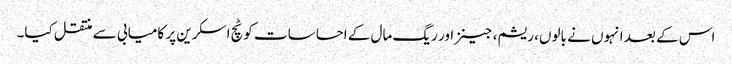
اس کے بعد انہوں نے بالوں، ریشم، جینز اور ریگ مال کے احساسات کو ٹچ اسکرین پر کامیابی سے منتقل کیا۔